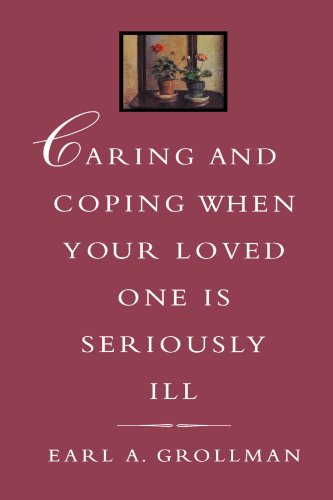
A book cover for Caring and Coping When Your Loved One is Seriously Ill; Earl A. Grollman; Health, Fitness & Dieting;